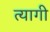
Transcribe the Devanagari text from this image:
त्‍यागी